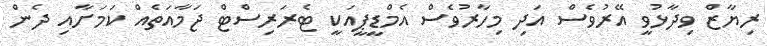
ރިޔާޒް ވިދާޅުވީ އޭރުވެސް އަދި މިހާރުވެސް އެމްޑީޕީއަކީ ޓެރަރިސްޓް ޖަމާއަތެއް ކަމަށާއި ދެން